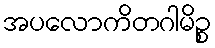
အပလောကိတဂါမိဉ္စ